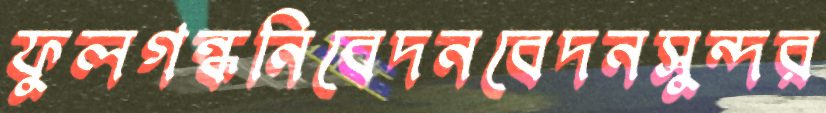
ফুলগন্ধনিবেদনবেদনসুন্দর